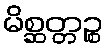
မိစ္ဆတ္တဉ္စ